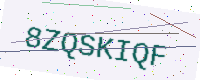
Text: 8ZQSKIQF